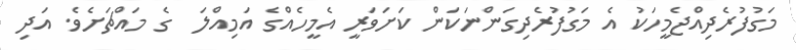
މަގުފުރެދިއްޖެމީހަކު އެ މަގުފުރެދިގަންނަކަން ކަށަވަރީ އެމީހެއްގެ އަމިއްލަ  ގެ މައްޗަށެވެ. އަދި